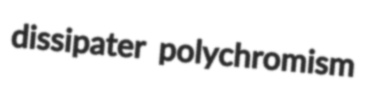
dissipater polychromism